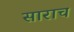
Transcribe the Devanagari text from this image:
साराच